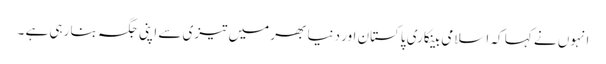
انہوں نے کہا کہ اسلامی بینکاری پاکستان اور دنیا بھر میں تیزی سے اپنی جگہ بنا رہی ہے ۔